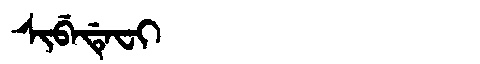
Manchu: ᠰᡳᠪᡝᡩᡝᠸᡳ
Romanization: SIBEDEFI